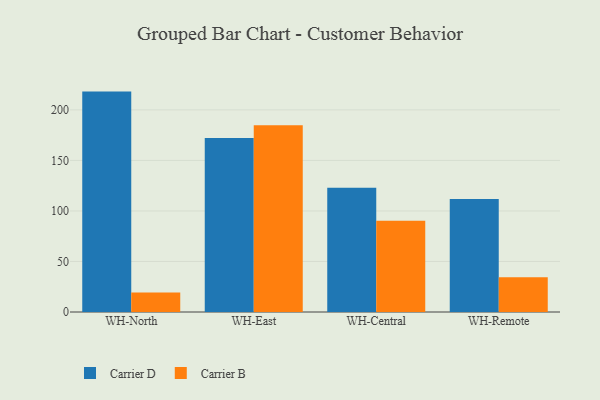
{"axis": {"x": "Warehouse", "y": "Tickets Resolved"}, "legend": ["Carrier B", "Carrier D"], "data": [{"x": "WH-North", "y": 218.1, "type": "Carrier D"}, {"x": "WH-North", "y": 19.2, "type": "Carrier B"}, {"x": "WH-East", "y": 172.2, "type": "Carrier D"}, {"x": "WH-East", "y": 184.8, "type": "Carrier B"}, {"x": "WH-Central", "y": 123.0, "type": "Carrier D"}, {"x": "WH-Central", "y": 90.2, "type": "Carrier B"}, {"x": "WH-Remote", "y": 111.7, "type": "Carrier D"}, {"x": "WH-Remote", "y": 34.4, "type": "Carrier B"}]}